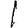
Digit: 1